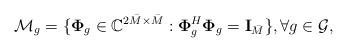
LaTeX: \begin{align*} \mathcal{M}_g = \{\mathbf{\Phi}_{g} \in \mathbb{C}^{2\bar{M}\times \bar{M}}: \mathbf{\Phi}_{g}^H\mathbf{\Phi}_{g} = \mathbf{I}_{\bar{M}}\}, \forall g \in \mathcal{G},\end{align*}